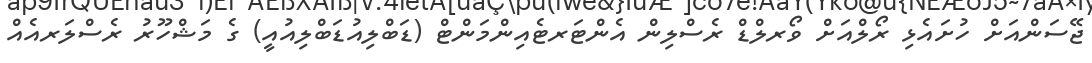
ޖޭސަންއަށް ހުށައެޅި ރޯލްއަށް ވޯރލްޑް ރެސްލިން އެންޓަރޓެއިންމަންޓް (ޑަބްލިއުޑަބްލިއުއީ) ގެ މަޝްހޫރު ރެސްލަރއެއް